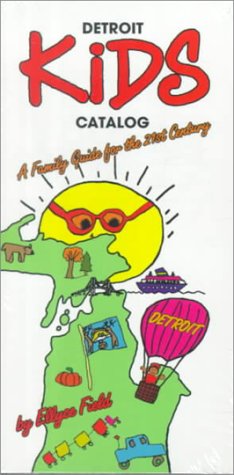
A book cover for Detroit Kids Catalog: A Family Guide for the 21st Century (Great Lakes Books Series); Ellyce Field; Travel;